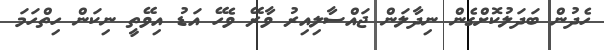
ހެދުން ބަދަލުކޮށްގެން ނިދާލަން ޖައްސާލިއިރު ވާރޭ ވެހޭ އަޑު އިވޭތީ ނިކަން ހިތްހަމަ